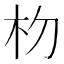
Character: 𬂟